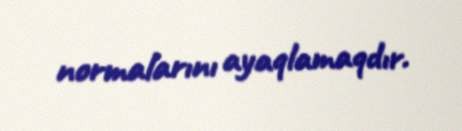
normalarını ayaqlamaqdır.